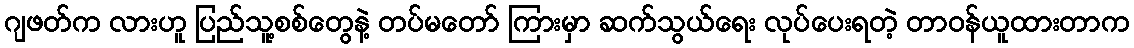
ဂျဖတ်က လားဟူ ပြည်သူ့စစ်တွေနဲ့ တပ်မတော် ကြားမှာ ဆက်သွယ်ရေး လုပ်ပေးရတဲ့ တာဝန်ယူထားတာက